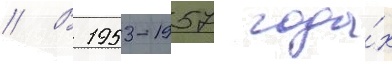
// В 1953-1957 года́х